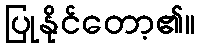
ပြုနိုင်တော့၏။